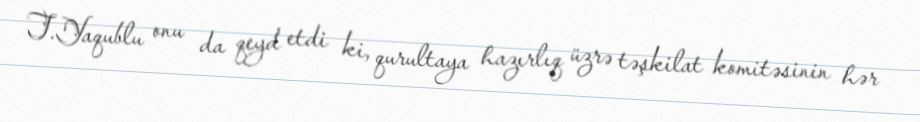
T.Yaqublu onu da qeyd etdi ki, qurultaya hazırlıq üzrə təşkilat komitəsinin hər